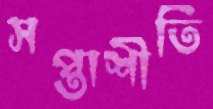
সপ্তাশীতি